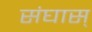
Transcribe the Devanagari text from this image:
संघास्